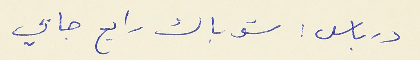
درباس : شو باك رايح جايي